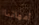
أمهاتنا